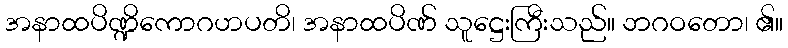
အနာထပိဏ္ဍိကောဂဟပတိ၊ အနာထပိဏ် သူဋ္ဌေးကြီးသည်။ ဘဂဝတော၊ ၏။